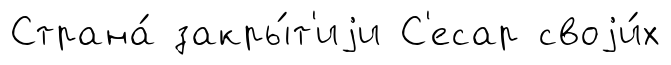
Страна́ закры́т'иjи С'есар своjи́х